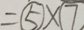
= \textcircled { 5 } \times \textcircled { 7 }